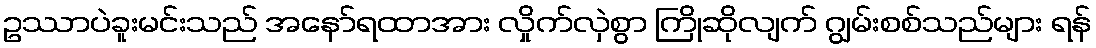
ဥဿာပဲခူးမင်းသည် အနော်ရထာအား လှိုက်လှဲစွာ ကြိုဆိုလျက် ဂျွမ်းစစ်သည်များ ရန်